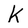
Character: k